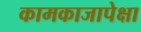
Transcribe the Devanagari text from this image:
कामकाजापेक्षा